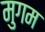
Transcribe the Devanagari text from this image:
मुगम